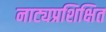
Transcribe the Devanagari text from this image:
नाट्यप्रशिक्षित